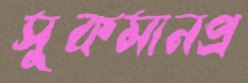
সুকমানপ্র